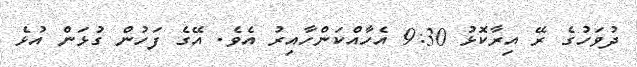
ދުވަހުގެ ރޭ އިރާކޮޅު 9:30 އެހާއްކަންހާއިރު އެވެ. އޭގެ ފަހުން ގުޅަން އުޅެ